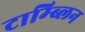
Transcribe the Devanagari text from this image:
टाम्ब्लिन